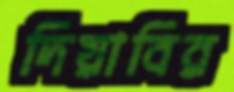
দিয়াবির